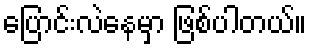
ပြောင်းလဲနေမှာ ဖြစ်ပါတယ်။